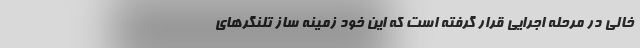
خالی در مرحله اجرایی قرار گرفته است که این خود زمینه ساز تلنگرهای